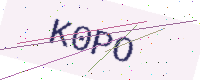
Text: K0PO